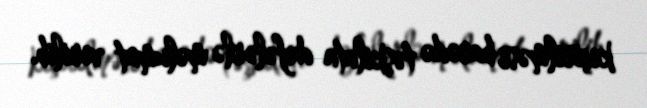
keçirilməsi barədə təşkilata dəfələrlə məlumat verilib.